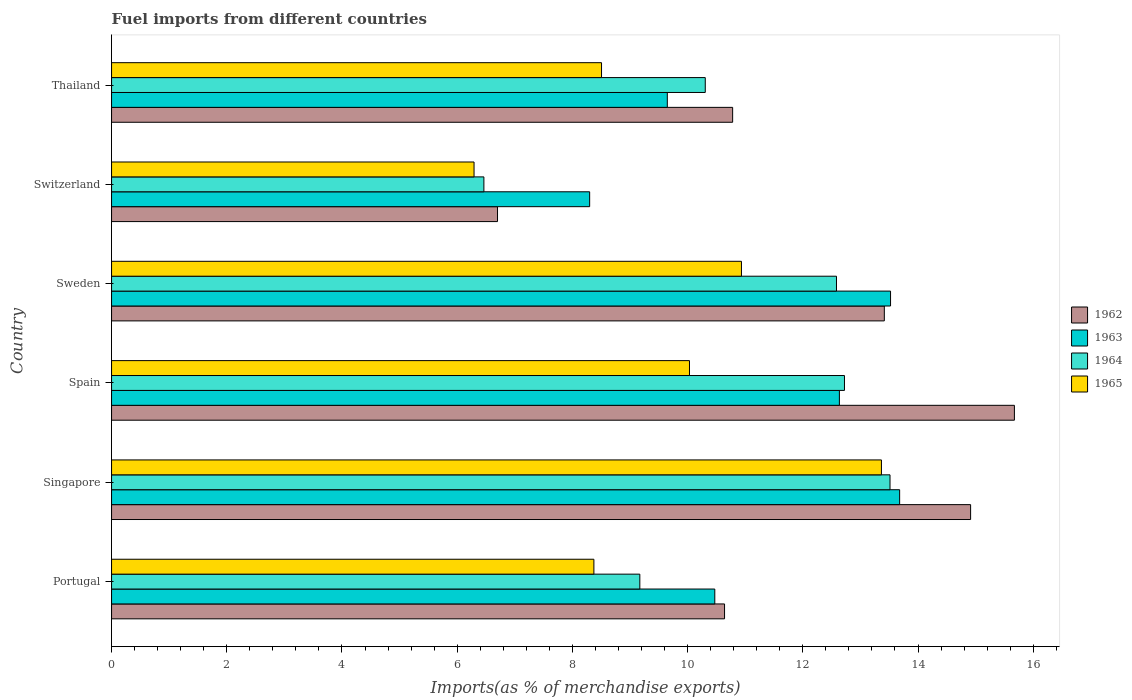
| Country | 1962 | 1963 | 1964 | 1965 |
 | --- | --- | --- | --- | --- |
 | Portugal | 10.6 | 10.5 | 9.17 | 8.37 |
 | Singapore | 14.9 | 13.7 | 13.5 | 13.4 |
 | Spain | 15.7 | 12.6 | 12.7 | 10 |
 | Sweden | 13.4 | 13.5 | 12.6 | 10.9 |
 | Switzerland | 6.7 | 8.3 | 6.46 | 6.29 |
 | Thailand | 10.8 | 9.65 | 10.3 | 8.51 |